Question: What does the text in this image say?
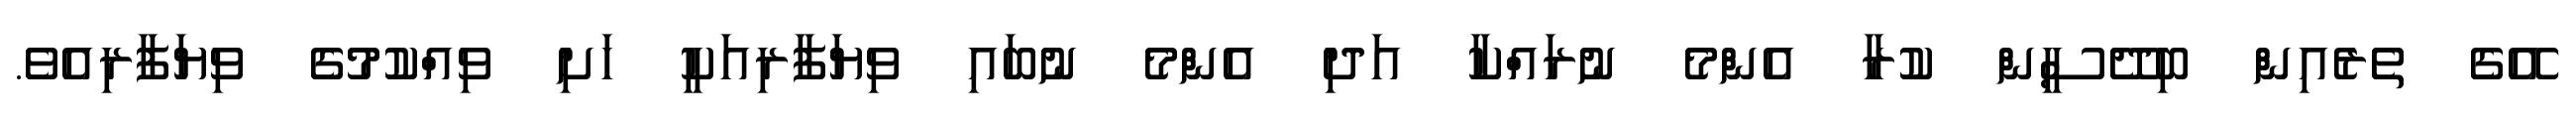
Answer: އޭގެ ތެރެއިން ބިދޭސީން ކުރާ އެންމެ ނުރައްކާ އަދި އެންމެ ނުބައި ވިޔަފާރިއަކީ ހަށި ވިއްކުމުގެ ވިޔަފާރިއެވެ.